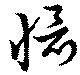
懾